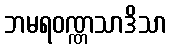
ဘမရဝဏ္ဏသာဒိသာ